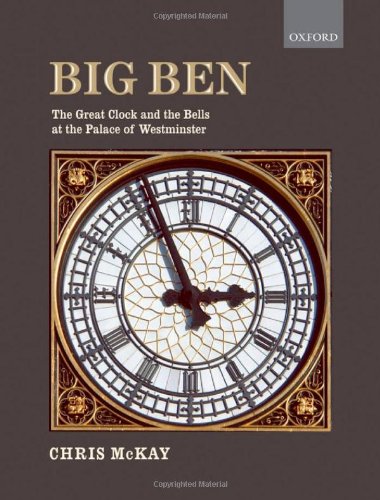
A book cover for Big Ben: The Great Clock and the Bells at the Palace of Westminster; Chris McKay; Crafts, Hobbies & Home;